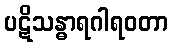
ပဋိသန္ဓာရဂါရဝတာ